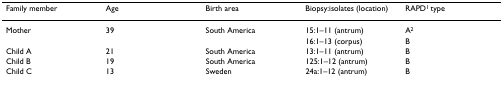
<table><thead><tr><td><b>Family member</b></td><td><b>Age</b></td><td><b>Birth area</b></td><td><b>Biopsy:isolates (location)</b></td><td><b>RAPD<sup>1 </sup>type</b></td></tr></thead><tbody><tr><td>Mother</td><td>39</td><td>South America</td><td>15:1–11 (antrum)</td><td>A<sup>2</sup></td></tr><tr><td></td><td></td><td></td><td>16:1–13 (corpus)</td><td>B</td></tr><tr><td>Child A</td><td>21</td><td>South America</td><td>13:1–11 (antrum)</td><td>B</td></tr><tr><td>Child B</td><td>19</td><td>South America</td><td>125:1–12 (antrum)</td><td>B</td></tr><tr><td>Child C</td><td>13</td><td>Sweden</td><td>24a:1–12 (antrum)</td><td>B</td></tr></tbody></table>